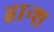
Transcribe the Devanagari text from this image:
हान्श